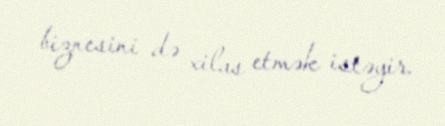
biznesini də xilas etmək istəyir.